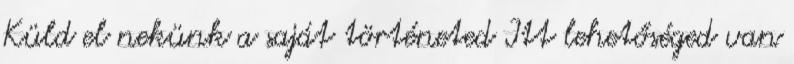
Küld el nekünk a saját történeted Itt lehetőséged van